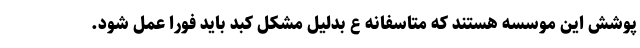
پوشش این موسسه هستند که متاسفانه ع بدلیل مشکل کبد باید فورا عمل شود.